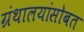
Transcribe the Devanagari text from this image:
ग्रंथालयांसोबत